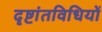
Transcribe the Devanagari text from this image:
दृष्टांतविधियों